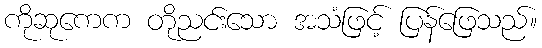
ကိုဆုကေက တိုညင်းသော အသံဖြင့် ပြန်ဖြေသည်။